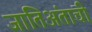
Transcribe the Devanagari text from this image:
जातिअंताची